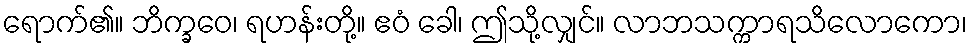
ရောက်၏။ ဘိက္ခဝေ၊ ရဟန်းတို့။ ဧဝံ ခေါ၊ ဤသို့လျှင်။ လာဘသက္ကာရသိလောကော၊